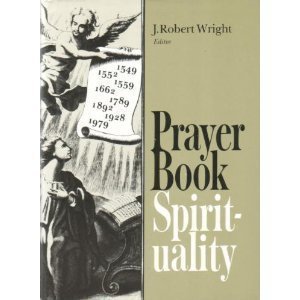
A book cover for Prayer Book Spirituality: A Devotional Companion to the Book of Common Prayer Compiled from Classical Anglican Sources; Christian Books & Bibles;